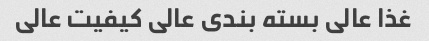
غذا عالی بسته بندی عالی کیفیت عالی